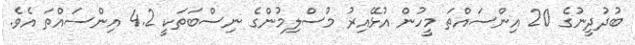
ބުދުދީނުގެ 20 އިންސައްތަ މީހުން އުޅޭއިރު މުސްލިމުންގެ ނިސްބަތަކީ 4.2 އިންސައްތަ އެވެ.